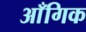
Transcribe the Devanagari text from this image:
आँगिक